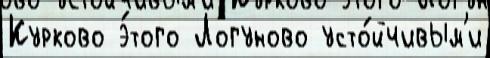
Курково э́того Логуново усто́йчивым'и